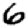
Digit: 6